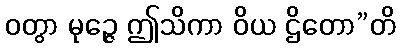
ဝတွာ မုဉ္ဇေ ဤသိကာ ဝိယ ဌိတော”တိ